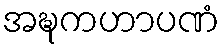
အဍ္ဎကဟာပဏံ